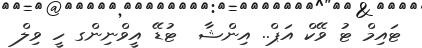
ޓައިމް ޓު ވޭކް އަޕް.. އިންޝާ  ޓުޑޭ އީވްނިންގ ހީ ވިލް